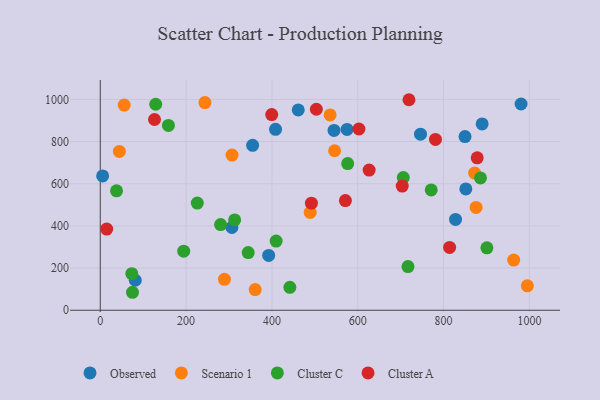
{"axis": {"x": "Investment", "y": "Profit"}, "legend": ["Cluster A", "Cluster C", "Observed", "Scenario 1"], "data": [{"x": "889.8", "y": 883.7, "type": "Observed"}, {"x": "5.5", "y": 637.0, "type": "Observed"}, {"x": "851.8", "y": 575.2, "type": "Observed"}, {"x": "355.0", "y": 782.3, "type": "Observed"}, {"x": "849.9", "y": 823.6, "type": "Observed"}, {"x": "81.6", "y": 142.2, "type": "Observed"}, {"x": "461.3", "y": 950.2, "type": "Observed"}, {"x": "980.5", "y": 978.1, "type": "Observed"}, {"x": "575.1", "y": 857.4, "type": "Observed"}, {"x": "827.8", "y": 430.6, "type": "Observed"}, {"x": "306.7", "y": 392.7, "type": "Observed"}, {"x": "746.2", "y": 834.9, "type": "Observed"}, {"x": "392.4", "y": 259.8, "type": "Observed"}, {"x": "544.7", "y": 852.9, "type": "Observed"}, {"x": "408.4", "y": 857.8, "type": "Observed"}, {"x": "243.9", "y": 985.1, "type": "Scenario 1"}, {"x": "289.3", "y": 146.7, "type": "Scenario 1"}, {"x": "995.2", "y": 115.8, "type": "Scenario 1"}, {"x": "872.3", "y": 650.6, "type": "Scenario 1"}, {"x": "361.0", "y": 98.1, "type": "Scenario 1"}, {"x": "55.7", "y": 972.9, "type": "Scenario 1"}, {"x": "489.2", "y": 463.9, "type": "Scenario 1"}, {"x": "875.7", "y": 487.7, "type": "Scenario 1"}, {"x": "44.5", "y": 753.0, "type": "Scenario 1"}, {"x": "307.1", "y": 735.9, "type": "Scenario 1"}, {"x": "535.6", "y": 926.3, "type": "Scenario 1"}, {"x": "546.0", "y": 756.3, "type": "Scenario 1"}, {"x": "963.3", "y": 238.0, "type": "Scenario 1"}, {"x": "441.8", "y": 108.7, "type": "Cluster C"}, {"x": "37.9", "y": 566.3, "type": "Cluster C"}, {"x": "717.0", "y": 207.2, "type": "Cluster C"}, {"x": "194.4", "y": 280.2, "type": "Cluster C"}, {"x": "129.2", "y": 977.0, "type": "Cluster C"}, {"x": "75.1", "y": 85.2, "type": "Cluster C"}, {"x": "576.5", "y": 695.8, "type": "Cluster C"}, {"x": "313.1", "y": 428.3, "type": "Cluster C"}, {"x": "73.5", "y": 173.5, "type": "Cluster C"}, {"x": "280.4", "y": 406.4, "type": "Cluster C"}, {"x": "885.9", "y": 627.3, "type": "Cluster C"}, {"x": "158.8", "y": 876.7, "type": "Cluster C"}, {"x": "771.1", "y": 570.8, "type": "Cluster C"}, {"x": "409.8", "y": 328.0, "type": "Cluster C"}, {"x": "226.1", "y": 508.4, "type": "Cluster C"}, {"x": "344.7", "y": 273.7, "type": "Cluster C"}, {"x": "706.1", "y": 629.4, "type": "Cluster C"}, {"x": "900.9", "y": 296.0, "type": "Cluster C"}, {"x": "15.0", "y": 385.0, "type": "Cluster A"}, {"x": "878.3", "y": 722.9, "type": "Cluster A"}, {"x": "492.0", "y": 507.6, "type": "Cluster A"}, {"x": "571.2", "y": 519.9, "type": "Cluster A"}, {"x": "703.6", "y": 588.8, "type": "Cluster A"}, {"x": "626.5", "y": 664.6, "type": "Cluster A"}, {"x": "503.5", "y": 953.3, "type": "Cluster A"}, {"x": "719.3", "y": 998.4, "type": "Cluster A"}, {"x": "814.0", "y": 297.8, "type": "Cluster A"}, {"x": "399.5", "y": 928.1, "type": "Cluster A"}, {"x": "781.0", "y": 810.3, "type": "Cluster A"}, {"x": "126.4", "y": 904.7, "type": "Cluster A"}, {"x": "602.7", "y": 859.6, "type": "Cluster A"}]}